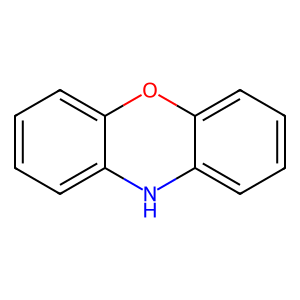
SMILES: c1ccc2c(c1)Nc1ccccc1O2
Inhibits HIV replication: No